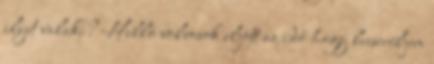
ilyet valaki? Helló volvosok eljött az idő hogy lecseréljem